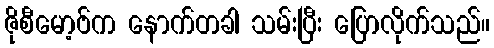
ဇိုစီမော့ဗ်က နောက်တခါ သမ်းပြီး ပြောလိုက်သည်။